Vaccination in Burma 1920-1933 - 1920-1933
Year: 1920
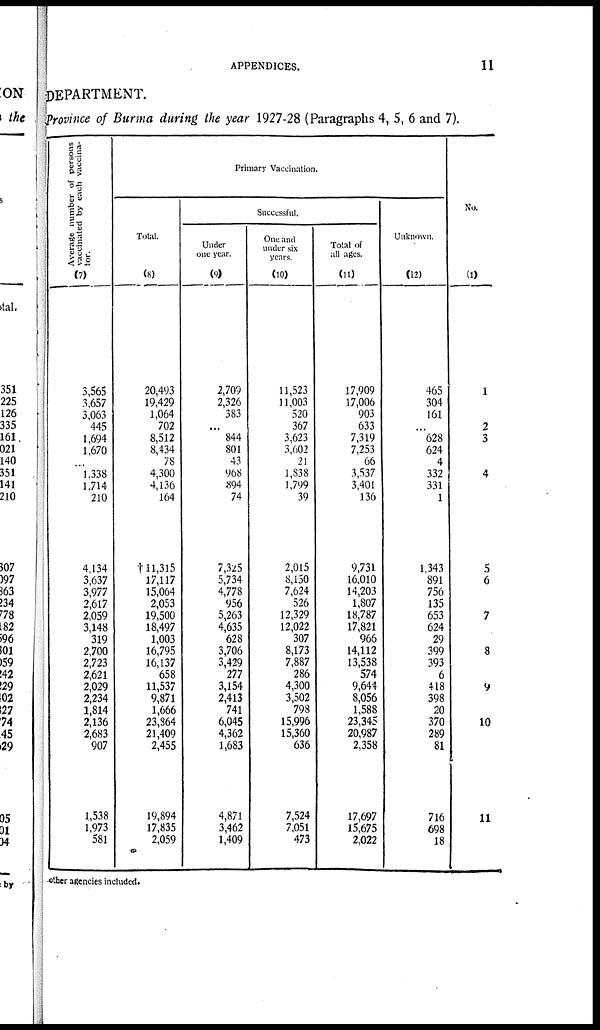
APPENDICES.
11
DEPARTMENT.
Province of Burma during the year 1927-28 (Paragraphs 4, 5, 6 and 7).
Average number of persons
vaccinated by each vaccina-
tor.
(7)
3,565
3,657
3,063
445
1,694
1,670
...
1,338
1,714
210
4,134
3,637
3,977
2,617
2,059
3,148
319
2,700
2,723
2,621
2,029
2,234
1,814
2,136
2,683
907
1,538
1,973
581
Primary Vaccination.
Total.
(8)
20,493
19,429
1,064
702
8,512
8,434
78
4,300
4,136
164
†11,315
17,117
15,064
2,053
19,500
18,497
1,003
16,795
16,137
658
11,537
9,871
1,666
23,864
21,409
2,455
19,894
17,835
2,059
Successful.
Under
one year.
(9)
2,709
2,326
383
...
844
801
43
968
894
74
7,325
5,734
4,778
956
5,263
4,635
628
3,706
3,429
277
3,154
2,413
741
6,045
4,362
1,683
4,871
3,462
1,409
One and
under six
years.
(10)
11,523
11,003
520
367
3,623
3,602
21
1,838
1,799
39
2,015
8,150
7,624
526
12,329
12,022
307
8,173
7,887
286
4,300
3,502
798
15,996
15,360
636
7,524
7,051
473
Total of
all ages.
(11)
17,909
17,006
903
633
7,319
7,253
66
3,537
3,401
136
9,731
16,010
14,203
1,807
18,787
17,821
966
14,112
13,538
574
9,644
8,056
1,588
23,345
20,987
2,358
17,697
15,675
2,022
Unknown.
(12)
465
304
161
...
628
624
4
332
331
1
1,343
891
756
135
653
624
29
399
393
6
418
398
20
370
289
81
716
698
18
No.
(1)
1
2
3
4
5
6
7
8
9
10
11
other agencies included.